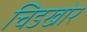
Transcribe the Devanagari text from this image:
चिडखोर